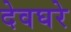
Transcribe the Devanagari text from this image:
देवघरे